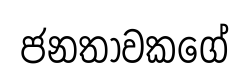
ජනතාවකගේ